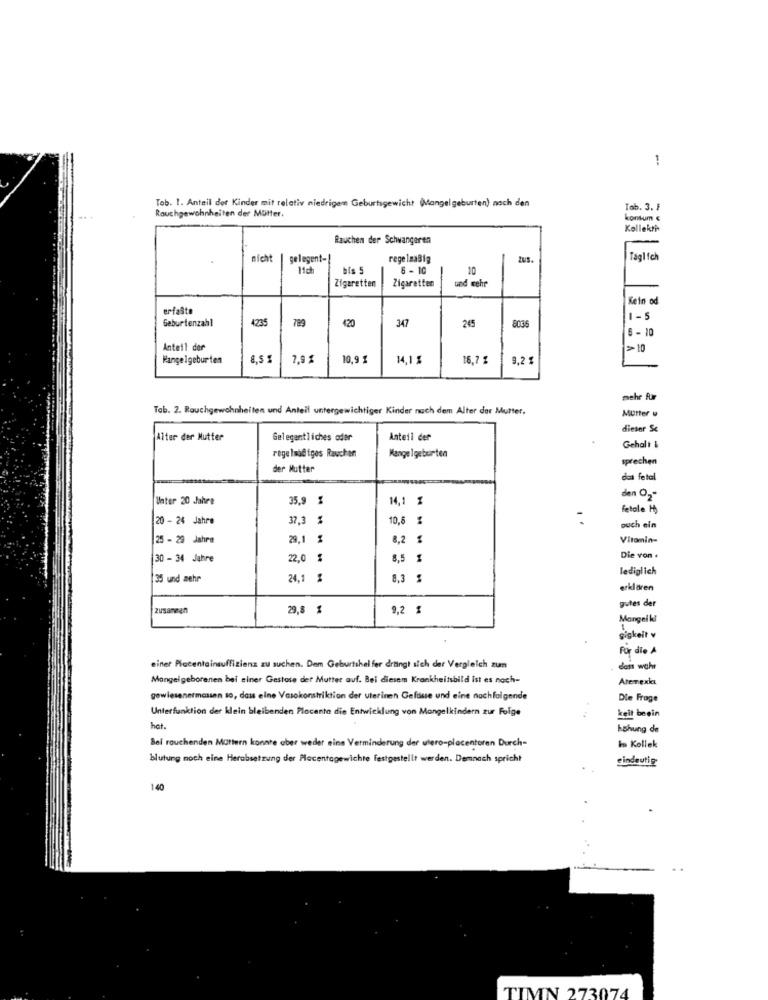
-
Tob. I. Anteil der Kinder mit relativ niedrigen Geburtsgewicht (Mangelgeburten) nach den
Rauchgewohnheiten der Mutter.
Tab. 3. F
konsum €
Kollekti
Rauchen der Schwangeren
nicht | gelegent -!
regelnaBig
ZuS.
Täglich
11ch
6 - 10
10
Zigaretten
Zigaretten
und mehr
Cein od
erfaste
Geburtenzahl
4235
789
420
347
1- 5
245
8036
6 - 10
Anteil der
>10
Hangelgeburten
7,9
10,9 %
14,15
16,7 %
9.2
mehr fur
Tab. 2. Rauchgewohnheiten und Anteil untergewichtiger Kinder nach dem Alter der Mutter.
Mutter #
dieser S
Alter der Mutter
Gelegentliches oder
Anteil der
Mange Igeburten
Gehalt &
regelmäßiges Rauchen
sprechen
der Mutter
das fetal
den O2-
Unter 20 Jahre
35,9 %
14,1 1
fetale H)
20 - 24 Jahre
37,3 %
10,6 %
ouch ein
25 - 29 Jahre
29,1 %
8,2 %
Vitomin-
30 - 34 Jahre
22,0 %
8,5 %
Die von .
lediglich
35 und mehr
24,1 %
8.3
erklären
gutes der
zusammen
29,8 %
9,2 %
Mangeiki
gigkeit v
Por die A
einer Placentainsuffizienz zu suchen. Dem Geburtshel fer drtingt sich der Vergleich zum
dess wahr
Mongelgeborenen bei einer Gestore der Mutter auf. Bei diesem Krankheitsbild Ist es noch-
Atemmexic
gewiesenetmassen so, dass eine Vasokonstriktion der uterinen Geldiuse und eine nachfolgende
Die Frage
Unterfunktion der klein bleibenden Placenta die Entwicklung von Mangelkindern zur Folge
keit beein
hat.
kshung de
Bel rauchenden Mattern konnte aber weder eine Verminderung der utero-placentoren Durch=
In Kollek
blutung noch eine Herabsetzung der Placentagewichte festgestellt werden. Demnach spricht
eindeutig
140
TIMN 273074